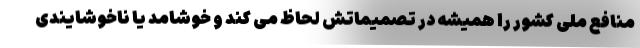
منافع ملی کشور را همیشه در تصمیماتش لحاظ می کند و خوشامد یا ناخوشایندی